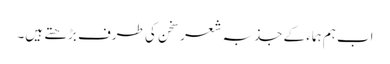
اب ہم ہماء کے جذبہ شعر سخن کی طرف بڑھتے ہیں۔